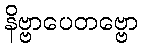
နိဗ္ဗာပေတဗ္ဗော